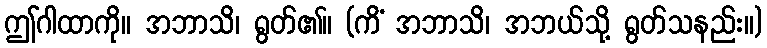
ဤဂါထာကို။ အဘာသိ၊ ရွတ်၏။ (ကိံ အဘာသိ၊ အဘယ်သို့ ရွတ်သနည်း။)